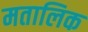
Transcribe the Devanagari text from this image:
मतालिक